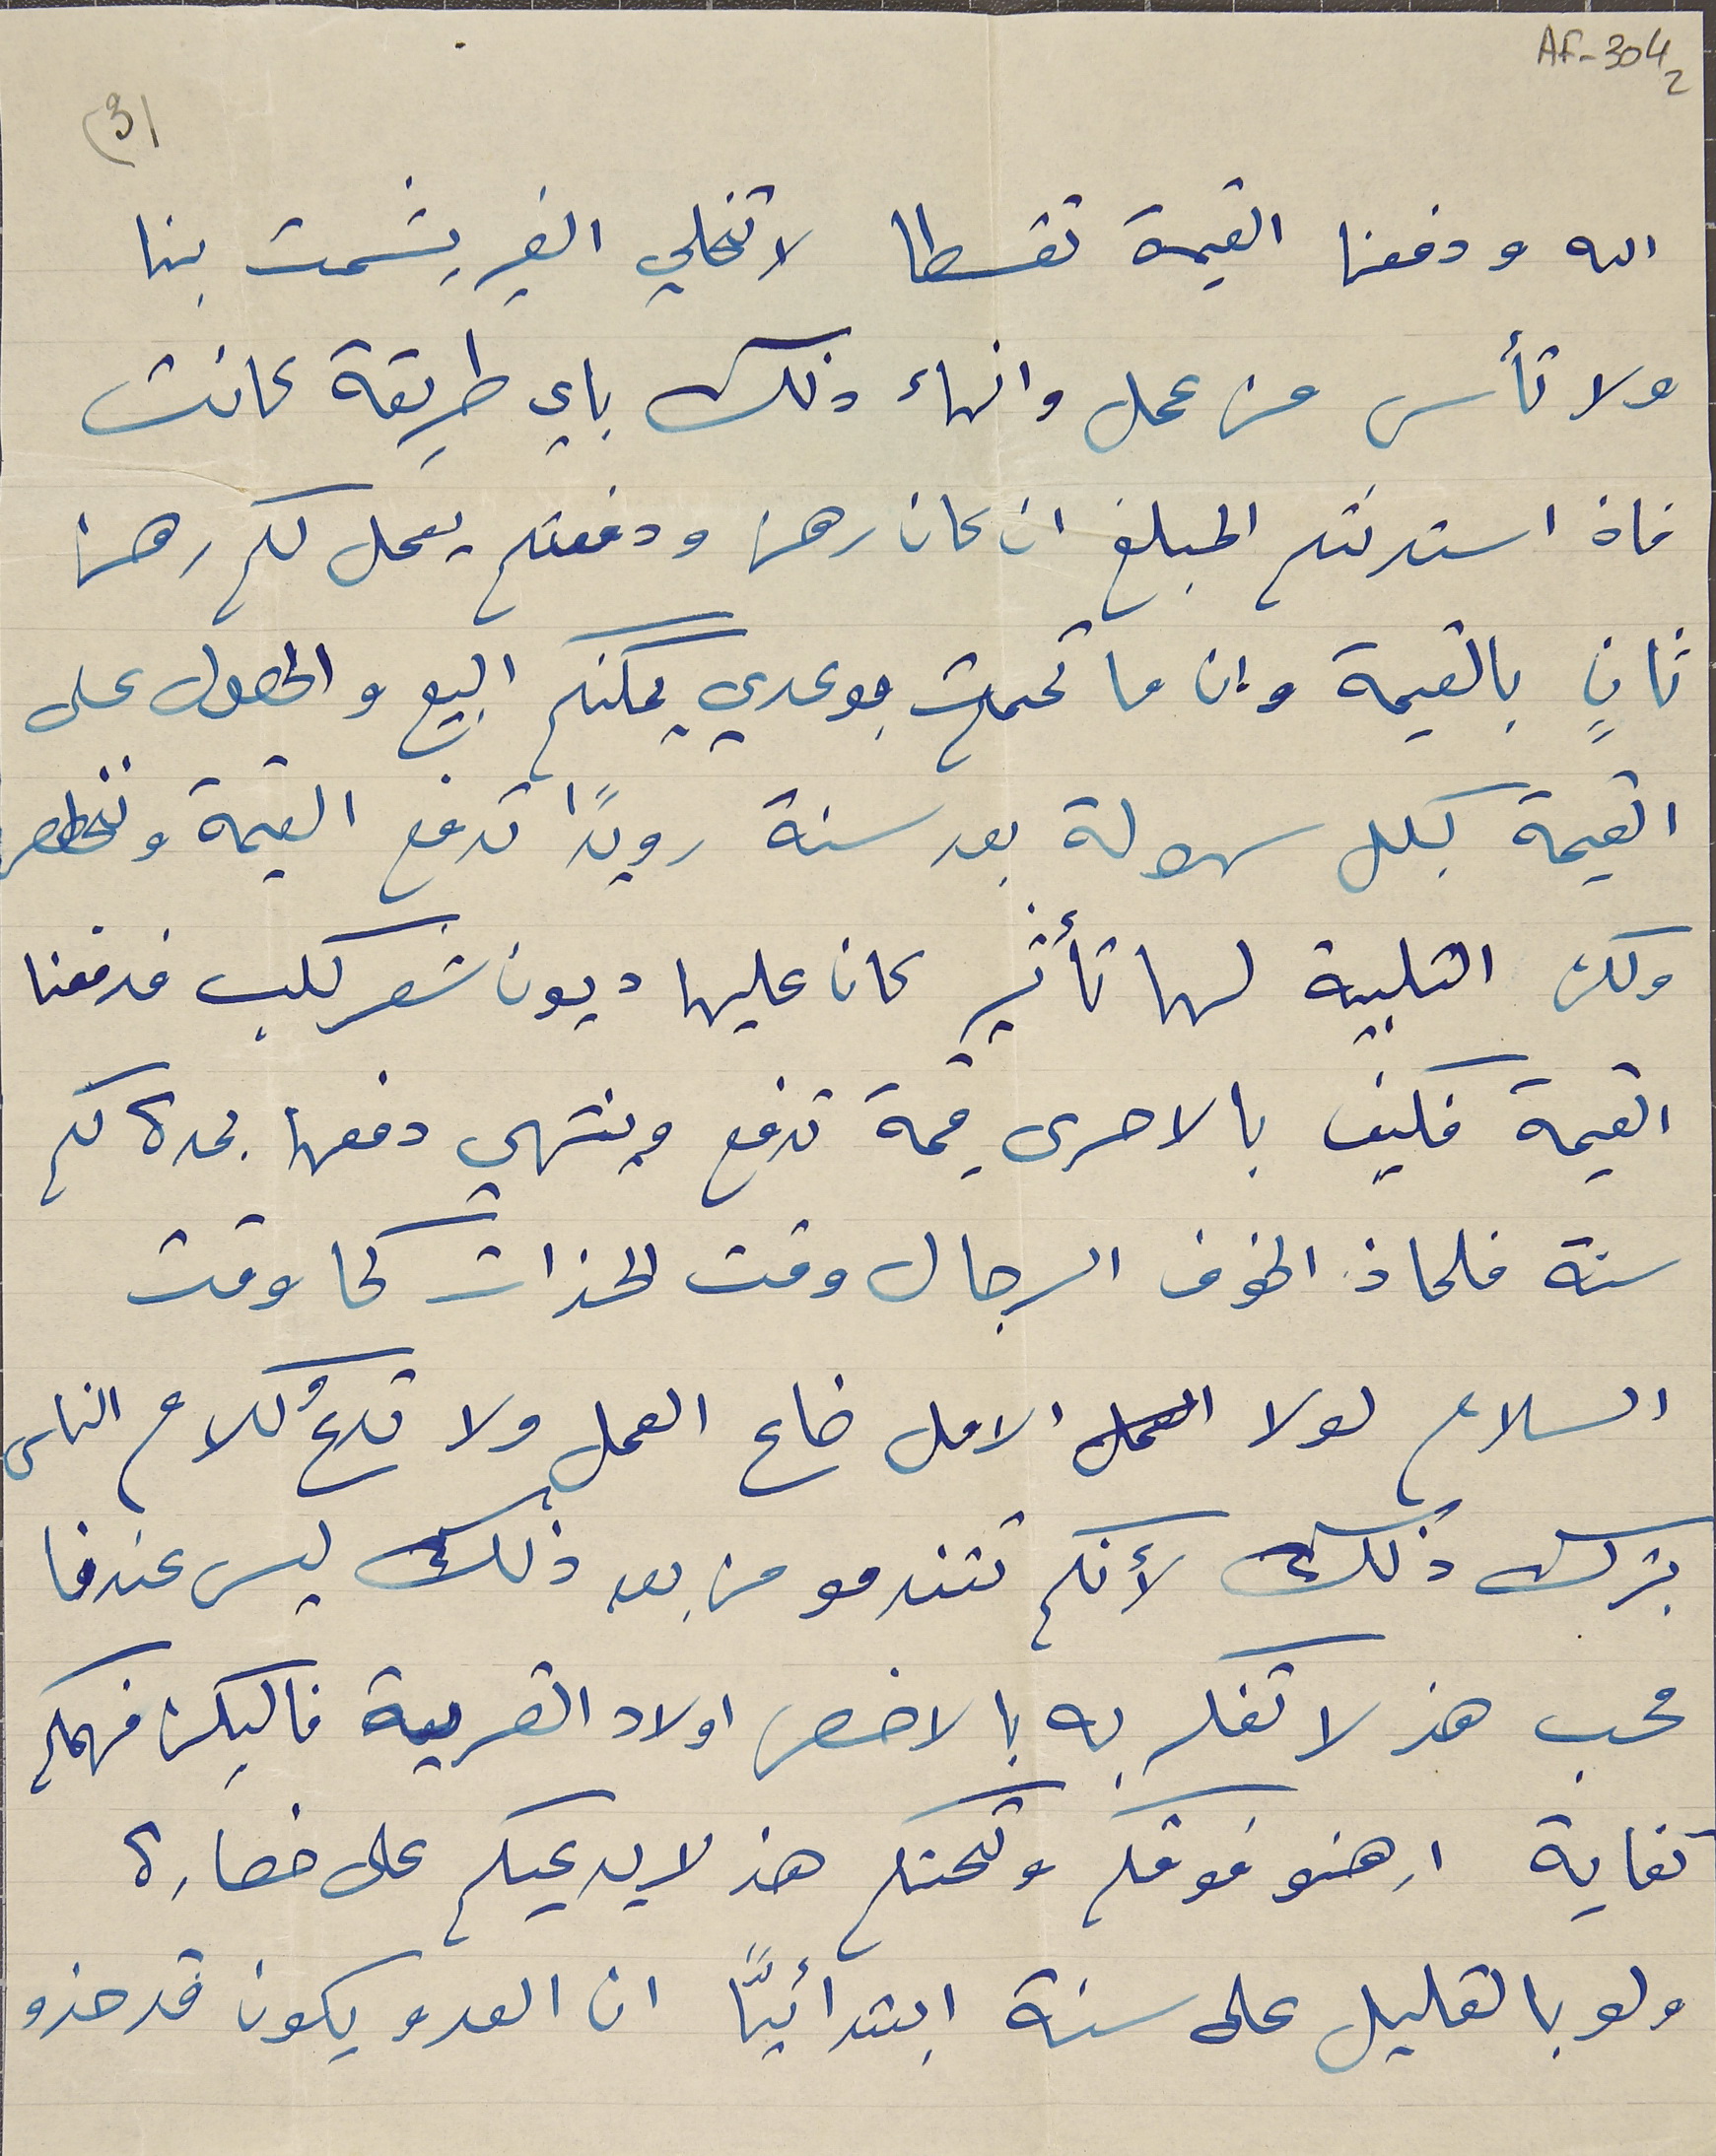
AF-304 2
الله ودفعنا القيمة تقسطا لا تخلي الغير يشمت بنا
ولا تأس من عمل وانهاء ذلك باي طريقة كانت
فان استدنتم المبلغ ان كان رهن ودفعتم يعمل لكم رهن
ثانٍ بالقيمة وان ما تممت بوعدي يمكنكم البيع والحصول على
القيمة بكل سهولة بعد سنة رويدًا تدفع القيمة ونخطصر
ولكن التلبية لها تأثير كان عليها ديون شعر كلب فدفعنا
القيمة فكيف بالاحرى قيمة تدفع ونتهي دفعها بمدة كم
سنة فلماذ الخوف الرجال وقت الحذات كما وقت
السلام لولا الامل الامل ضاع العمل ولا تدعُ كلام الناس
بترك ذلك لأنكم تتندمو من بعد ذلك ليس عندنا
محب هذ لا تفكر به بالاخص اولاد القرية فاليكن فهمكم
كفاية ارهنو فوقكم وتحتكم هذ لا يدعيكم على خصارة
ولو بالقليل على سنة ابتدائيّاً ان العدو يكون قد حذو
(3)